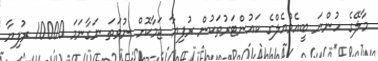
މާލޭގެ ހުންނަ ބީއެމްއެލްގެ ކައުންޓަރުތަކުން ރުފިޔާ ޖަމާކޮށް ނުވަތަ ނަގާނަމަ 10000 ރުފިޔާ